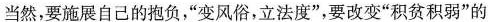
当然，要施展自己的抱负，“变风俗，立法度”，要改变”积贫积弱”的